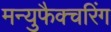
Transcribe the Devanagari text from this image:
मन्युफैक्चरिंग